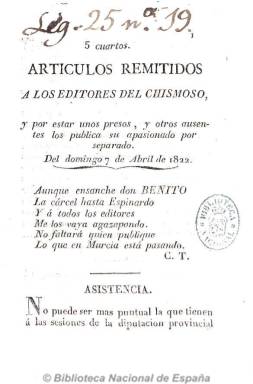
Título: Artículos remitidos a los editores del Chismoso
Otros títulos: Artículos remitidos
Colección: Periódicos anteriores a 1850
Ámbito geográfico: Murcia
Lugar de publicación: Murcia
Fechas: 07/04/1822-21/04/1822

Se refiere al periódico murciano El chismoso, indicándose en la cabecera que se publica “por estar unos presos y otros ausentes los publica un apasionado por separado”, desconociéndose cual pudiera ser el redactor de esta publicación. Periódico también de carácter constitucionalista del Trienio Liberal murciano, tiene una estructura similar del también liberal El chismoso, con artículos de fondo y noticias sueltas sobre los acontecimientos políticos en esta provincia, dedicando especial dedicación a las actitudes políticas y actividades de José María Musso Valiente en Lorca, quien tuvo que defenderse también a través de la imprenta. Sin periodicidad fija, salió semanalmente de la oficina de la Viuda de Antonio Santamaría e hijo, la misma en la que se imprimía El chismoso, con el que mantiene la consiguiente polémica. Tirado en un tamaño también pequeño (en 8º) y con números de 16 páginas y foliación continuada, tras su tercer número cambió el título de su cabecera por El redactor.